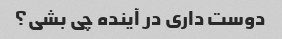
دوست داری در آینده چی بشی؟